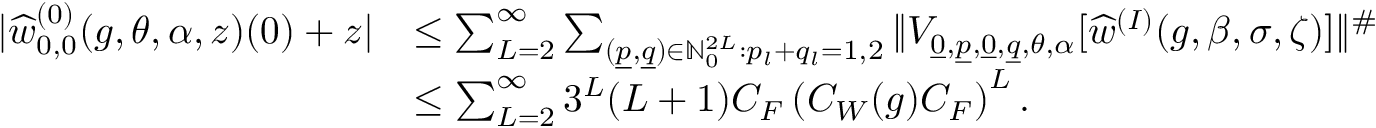
\begin{array} { r l } { | \widehat { w } _ { 0 , 0 } ^ { ( 0 ) } ( g , \theta , \alpha , z ) ( 0 ) + z | } & { \leq \sum _ { L = 2 } ^ { \infty } \sum _ { ( \underline { { p } } , \underline { { q } } ) \in { \mathord { \mathbb N } } _ { 0 } ^ { 2 L } : p _ { l } + q _ { l } = 1 , 2 } \| V _ { \underline { { 0 } } , \underline { { p } } , \underline { { 0 } } , \underline { { q } } , \theta , \alpha } [ \widehat { w } ^ { ( I ) } ( g , \beta , \sigma , \zeta ) ] \| ^ { \# } } \\ & { \leq \sum _ { L = 2 } ^ { \infty } 3 ^ { L } ( L + 1 ) C _ { F } \left( C _ { W } ( g ) C _ { F } \right) ^ { L } . } \end{array}